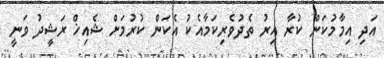
އަދި އިމާމުކަން ކުރާ އިރު ތެދުވެރިކަމާއެކު އެކަން ކުރުމަށް ޝެއިޚް ރަޝީދު ވަނީ